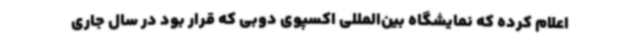
اعلام کرده که نمایشگاه بین‌المللی اکسپوی دوبی که قرار بود در سال جاری